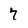
Character: 7